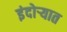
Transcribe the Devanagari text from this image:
इंदोऱ्यात